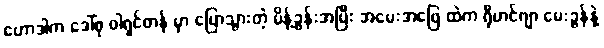
ဟောဒါက ဒေါ်စု ဝါရှင်တန် မှာ ပြောသွားတဲ့ မိန့်ခွန်းအပြီး အမေးအဖြေ ထဲက ရိုဟင်ဂျာ မေးခွန်နဲ့